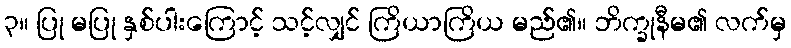
၃။ ပြု မပြု နှစ်ပါးကြောင့် သင့်လျှင် ကြိယာကြိယ မည်၏။ ဘိက္ခုနီမ၏ လက်မှ